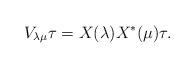
LaTeX: \begin{align*}V_{\lambda \mu} \tau= X(\lambda) X^*(\mu) \tau.\end{align*}